Reports on military cantonments and civil stations in the Presidency of Bombay inspected by the Sanitary Commissioner in the years 1875 and 1876
Year: 1875
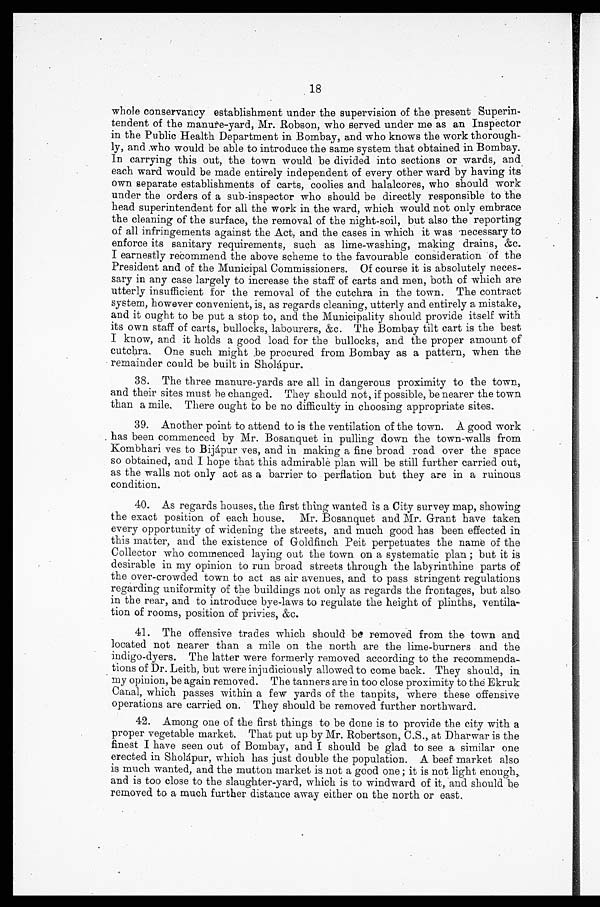
18
whole conservancy establishment under the supervision of the present Superin-
tendent of the manure-yard, Mr. Robson, who served under me as an Inspector
in the Public Health Department in Bombay, and who knows the work thorough-
ly, and who would be able to introduce the same system that obtained in Bombay.
In carrying this out, the town would be divided into sections or wards, and
each ward would be made entirely independent of every other ward by having its
own separate establishments of carts, coolies and halalcores, who should work
under the orders of a sub-inspector who should be directly responsible to the
head superintendent for all the work in the ward, which would not only embrace
the cleaning of the surface, the removal of the night-soil, but also the reporting
of all infringements against the Act, and the cases in which it was necessary to
enforce its sanitary requirements, such as lime-washing, making drains, &c.
I earnestly recommend the above scheme to the favourable consideration of the
President and of the Municipal Commissioners. Of course it is absolutely neces-
sary in any case largely to increase the staff of carts and men, both of which are
utterly insufficient for the removal of the cutchra in the town. The contract
system, however convenient, is, as regards cleaning, utterly and entirely a mistake,
and it ought to be put a stop to, and the Municipality should provide itself with
its own staff of carts, bullocks, labourers, &c. The Bombay tilt cart is the best
I know, and it holds a good load for the bullocks, and the proper amount of
cutchra. One such might be procured from Bombay as a pattern, -when the
remainder could be built in Sholápur.
38.
The three manure-yards are all in dangerous proximity to the town,
and their sites must he changed. They should not, if possible, be nearer the town
than a mile. There ought to be no difficulty in choosing appropriate sites.
39. Another point to attend to is the ventilation of the town. A good work
has been commenced by Mr. Bosanquet in pulling down the town-walls from
Kombhari vest to Bijápur ves, and in making a fine broad road over the space
so obtained, and I hope that this admirable plan will be still further carried out,
as the walls not only act as a barrier to perflation but they are in a ruinous
condition.
40. As regards houses, the first thing wanted is a City survey map, showing
the exact position of each house. Mr. Bosanquet and Mr. Grant have taken
every opportunity of widening the streets, and much good has been effected in
this matter, and the existence of Goldfinch Peit perpetuate s the name of the
Collector who commenced laying out the town on a systematic plan ; but it is
desirable in my opinion to run broad streets through the labyrinthine parts of
the over-crowded town to act as air avenues, and to pass stringent regulations
regarding uniformity of the buildings not only as regards the frontages, but also
in the rear, and to introduce bye-laws to regulate the height of plinths, ventila-
tion of rooms, position of privies, &c.
41.
The offensive trades which should bed removed from the town and
located not nearer than a mile on the north are the lime-burners and the
indigo-dyers. The latter were formerly removed according to the recommenda-
tions of Dr. Leith, but were injudiciously allowed to come back. They should, in
my opinion, be again removed. The tanners are in too close proximity to the Ekruk
Canal, which passes within a few yards of the tanpits, where these offensive
operations are carried on. They should be removed further northward.
42. Among one of the first things to be done is to provide the city with a
proper vegetable market. That put up by Mr. Robertson, C.S., at Dharwar is the
finest I have seen out of Bombay, and I should be glad to see a similar one
erected in Sholápur, which has just double the population. A beef market also
is much wanted, and the mutton market is not a good one ; it is not light enough,
and is too close to the slaughter-yard, which is to windward of it, and should be
removed to a much further distance away either on the north or east.